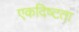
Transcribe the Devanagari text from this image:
एकदिष्‍टता